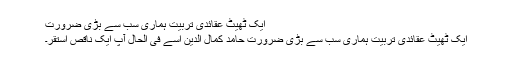
ایک ٹھیٹ عقائدی تربیت ہماری سب سے بڑی ضرورت
ایک ٹھیٹ عقائدی تربیت ہماری سب سے بڑی ضرورت حامد کمال الدین اسے فی الحال آپ ایک ناقص استقر۔